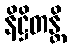
နိဋ္ဌိတန္တိ